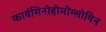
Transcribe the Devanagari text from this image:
कार्बमिनोहीमोग्लोबिन